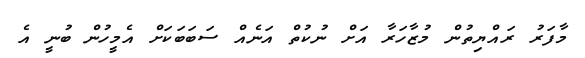
މާފަރު ރައްޔިތުން މުޒާހަރާ އަށް ނުކުތް އަނެއް ސަބަބަކަށް އެމީހުން ބުނީ އެ